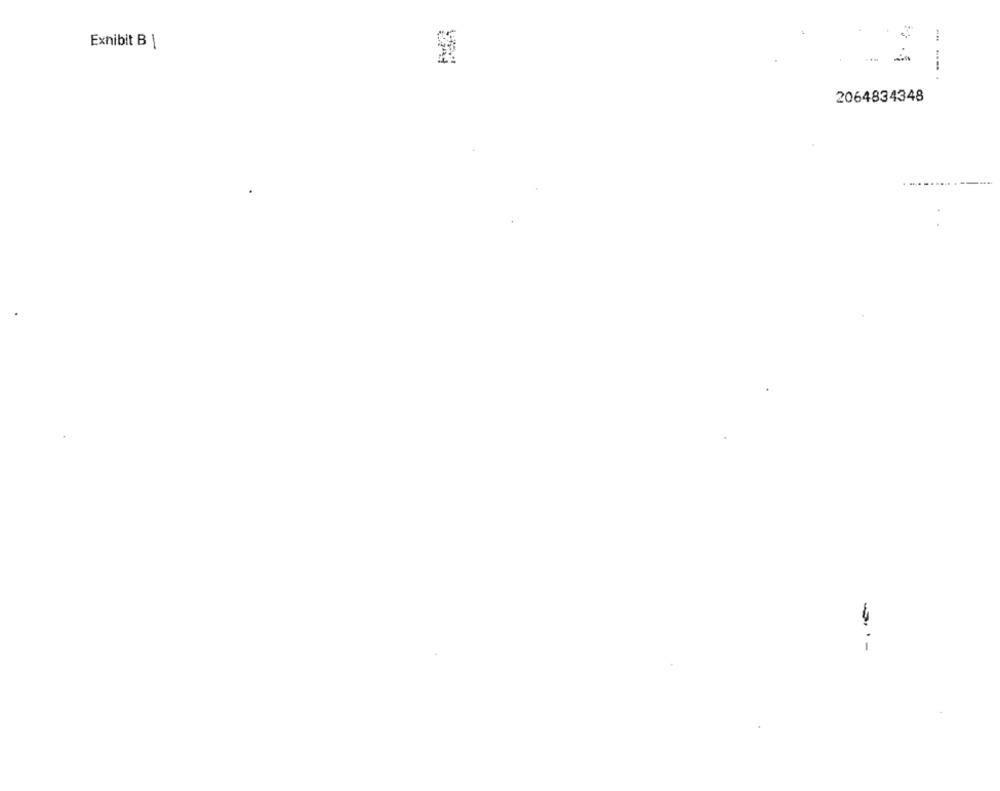
Exhibit B 1
... .
2064834348
---